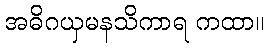
အဓိဂယှမနသိကာရ ကထာ။